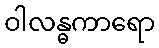
ဝါလန္ဓကာရော